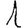
Digit: 1